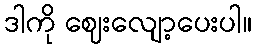
ဒါကို ဈေးလျော့ပေးပါ။